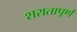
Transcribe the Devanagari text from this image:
शरातापूर्ण